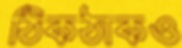
ঠিকঠাকও